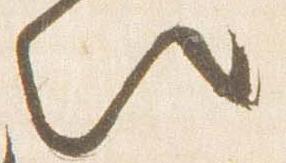
以